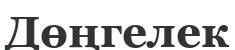
Дөңгелек